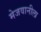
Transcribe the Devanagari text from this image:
मेजवानीला